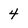
Character: 4